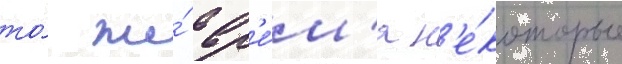
то́ же́ вр'е́м'я н'е́которые